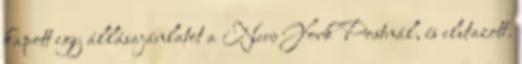
kapott egy állásajánlatot a New York Postnál, és elutazott.